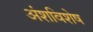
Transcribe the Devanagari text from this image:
अंशविशेष